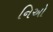
નિઓ